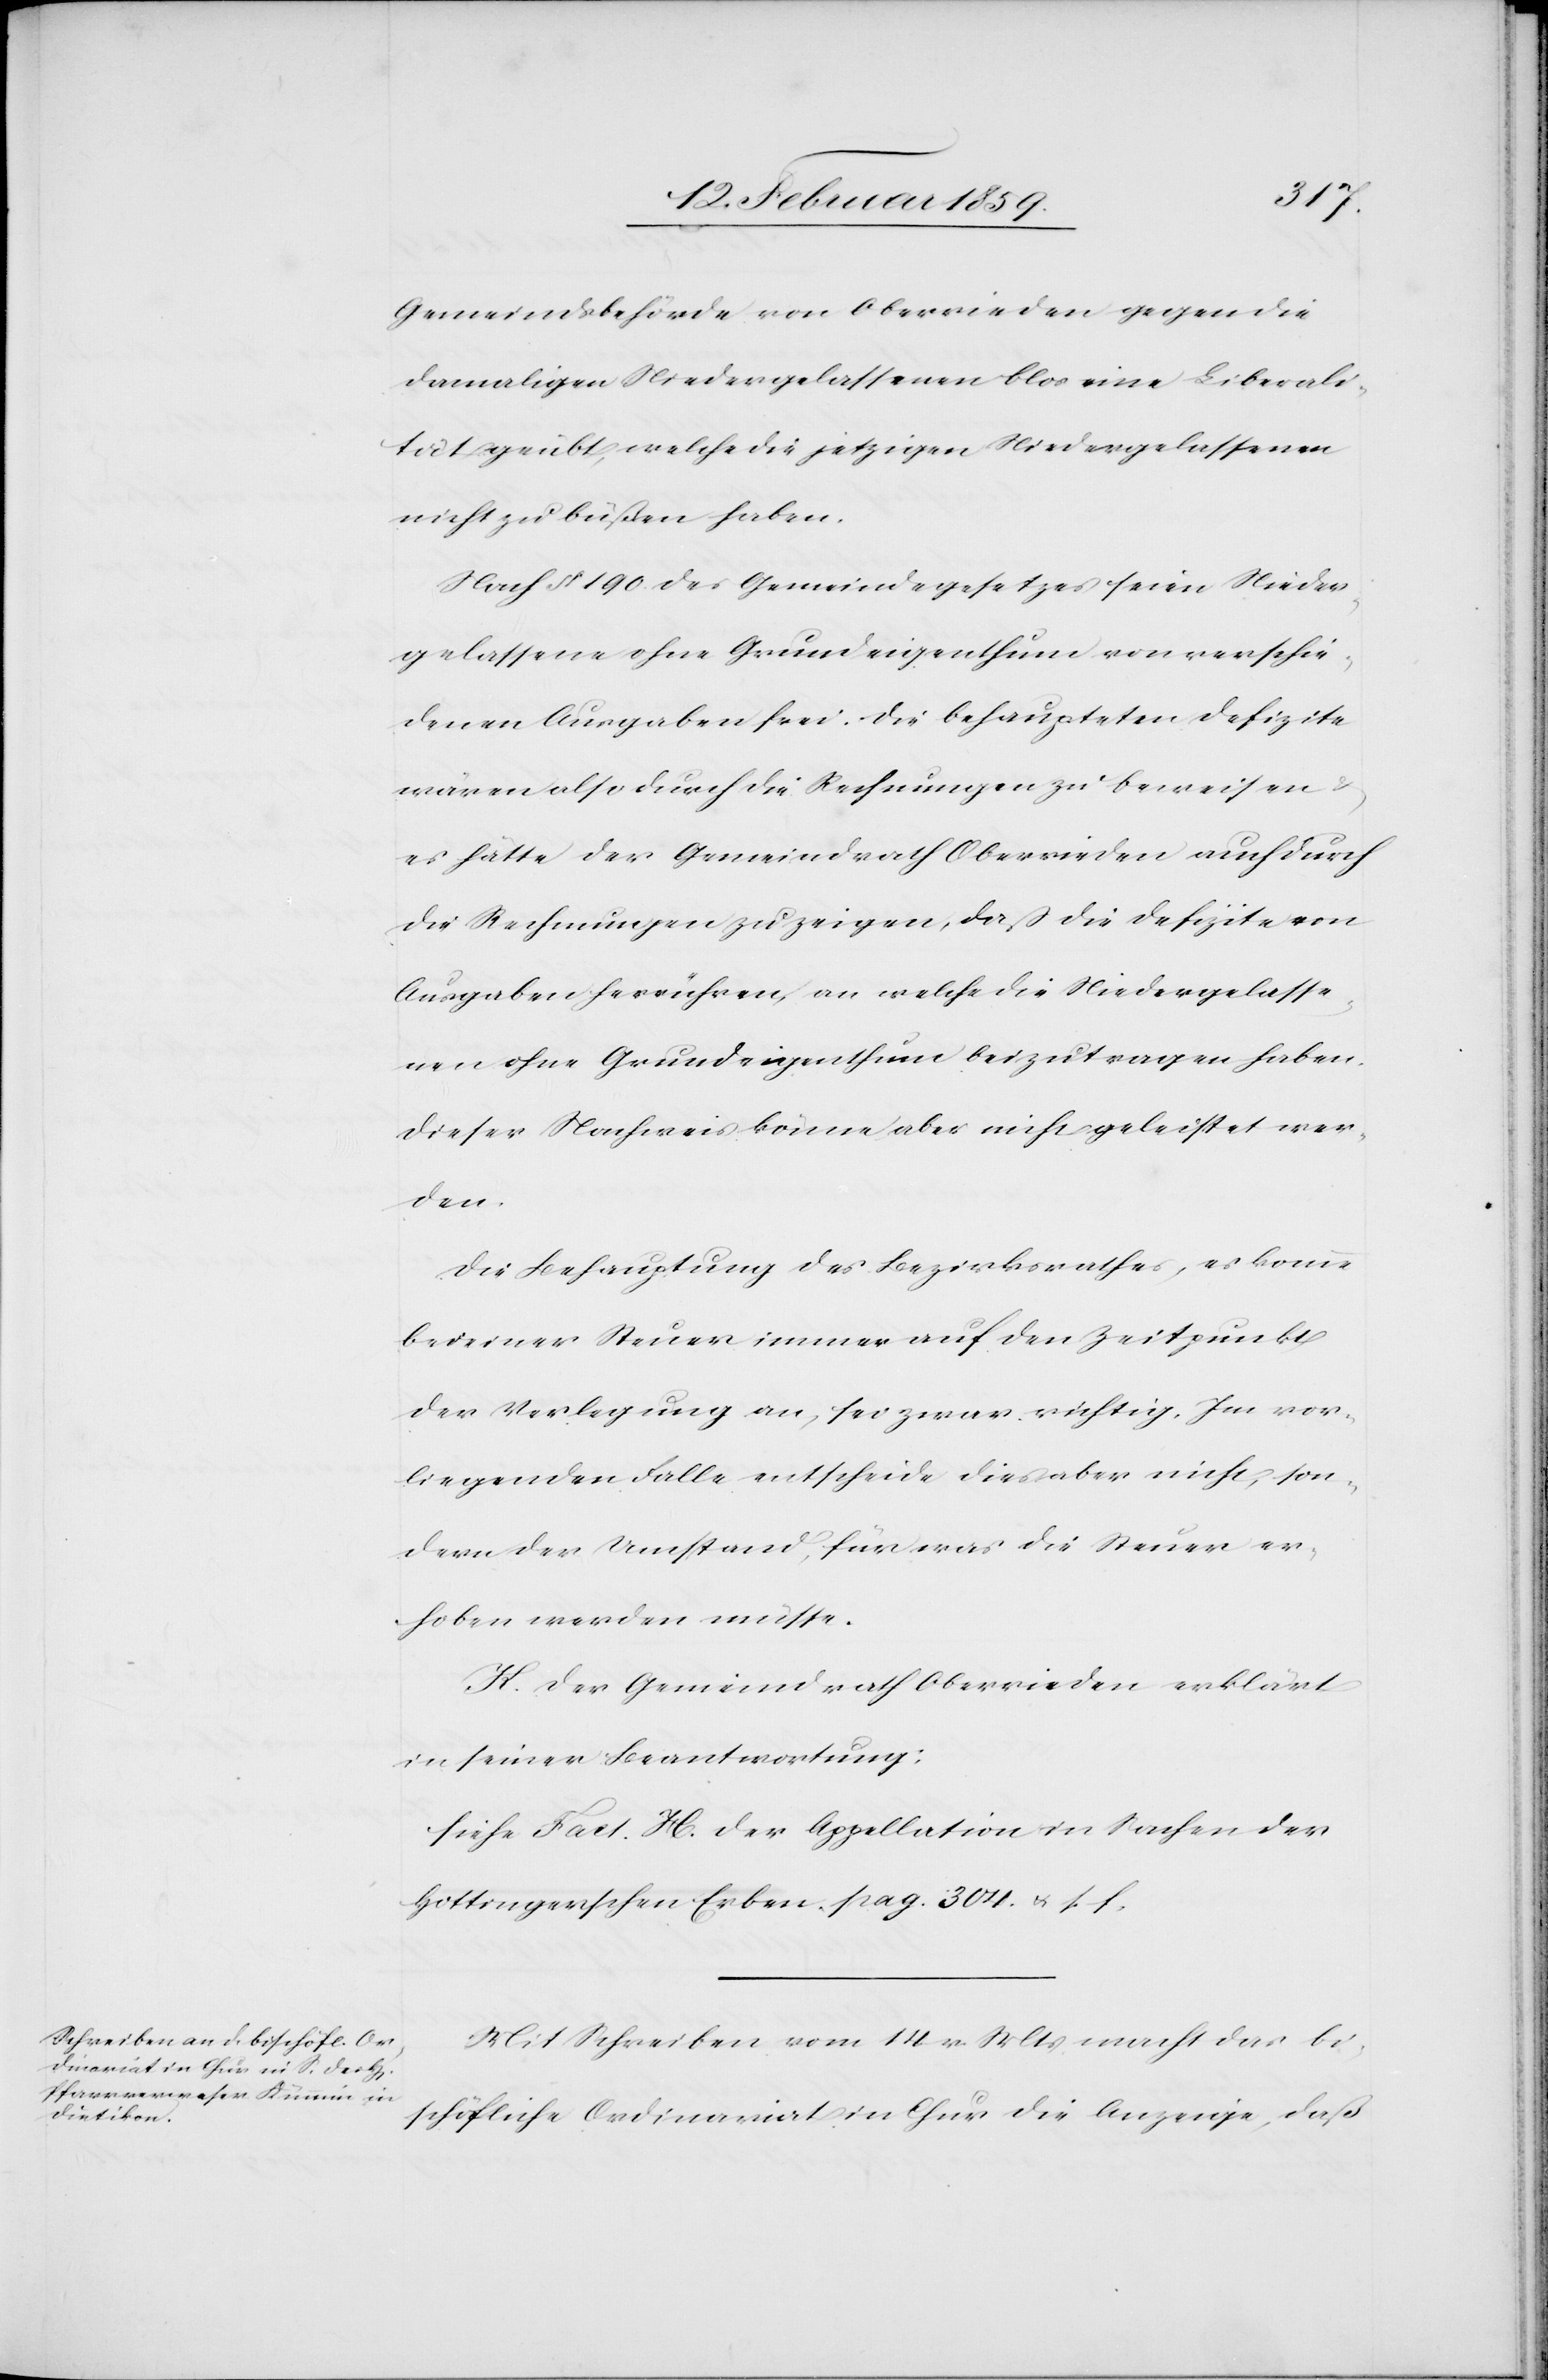
Gemeindsbehörde von Oberrieden gegen die
damaligen Niedergelassenen blos eine Liberali¬
tät geübt, welche die jetzigen Niedergelassenen
nicht zu büßen haben.
Nach § 190. des Gemeindegesetzes seien Nieder¬
gelassene ohne Grundeigenthum von verschie¬
denen Ausgaben frei. Die behaupteten Defizite
wären also durch die Rechnungen zu beweisen
es hätte der Gemeindrath Oberrieden auch durch
die Rechnungen zu zeigen, daß die Defizite von
Ausgaben herrühren, an welche die Niedergelasse¬
nen ohne Grundeigenthum beizutragen haben.
Dieser Nachweis könne aber nicht geleistet wer¬
den.
Die Behauptung des Bezirksrathes, es komme
bei einer Steuer immer auf den Zeitpunkt
der Verlegung an, sei zwar richtig. Im vor¬
liegenden Falle entscheide dies aber nicht, son¬
dern der Umstand, für was die Steuer er¬
hoben werden müsse.
H. Der Gemeindrath Oberrieden erklärt
in seiner Beantwortung:
siehe Fact. H. der Appellation in Sachen der
Hottingerschen Erben, pag. 304. u. s. f.
Mit Schreiben vom 14. v. Mts macht das bi¬
schöfliche Ordinariat in Chur die Anzeige, daß